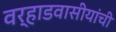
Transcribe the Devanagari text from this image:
वर्‍हाडवासीयांची